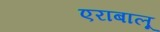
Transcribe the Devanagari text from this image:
एराबालू